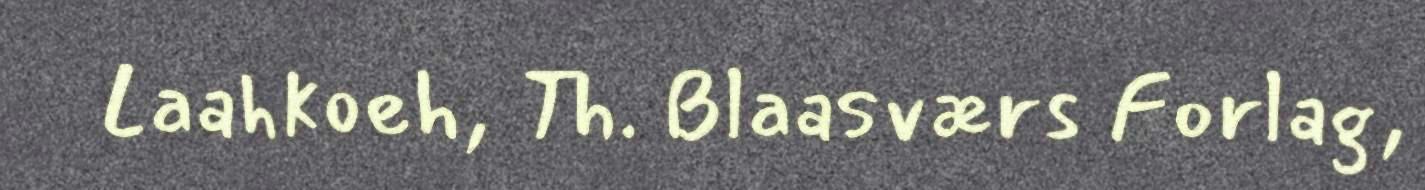
Laahkoeh, Th. Blaasværs Forlag,